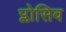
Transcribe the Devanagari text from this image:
प्लोसिव